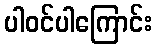
ပါဝင်ပါကြောင်း